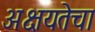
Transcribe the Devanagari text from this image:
अक्षयतेचा